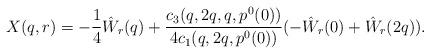
LaTeX: \begin{align*}X(q,r) = -\frac 14 \hat W_r(q) + \frac{c_3(q,2q,q,p^0(0))}{4c_1(q,2q,p^0(0))}(-\hat W_r(0)+\hat W_r(2q)).\end{align*}